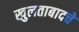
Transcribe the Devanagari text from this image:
खुलताबादचे